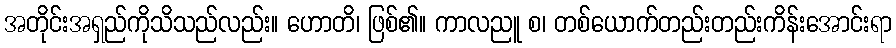
အတိုင်းအရှည်ကိုသိသည်လည်း။ ဟောတိ၊ ဖြစ်၏။ ကာလညူ စ၊ တစ်ယောက်တည်းတည်းကိန်းအောင်းရာ